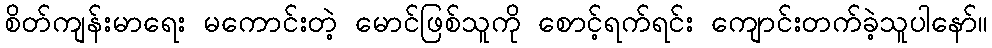
စိတ်ကျန်းမာရေး မကောင်းတဲ့ မောင်ဖြစ်သူကို စောင့်ရက်ရင်း ကျောင်းတက်ခဲ့သူပါနော်။